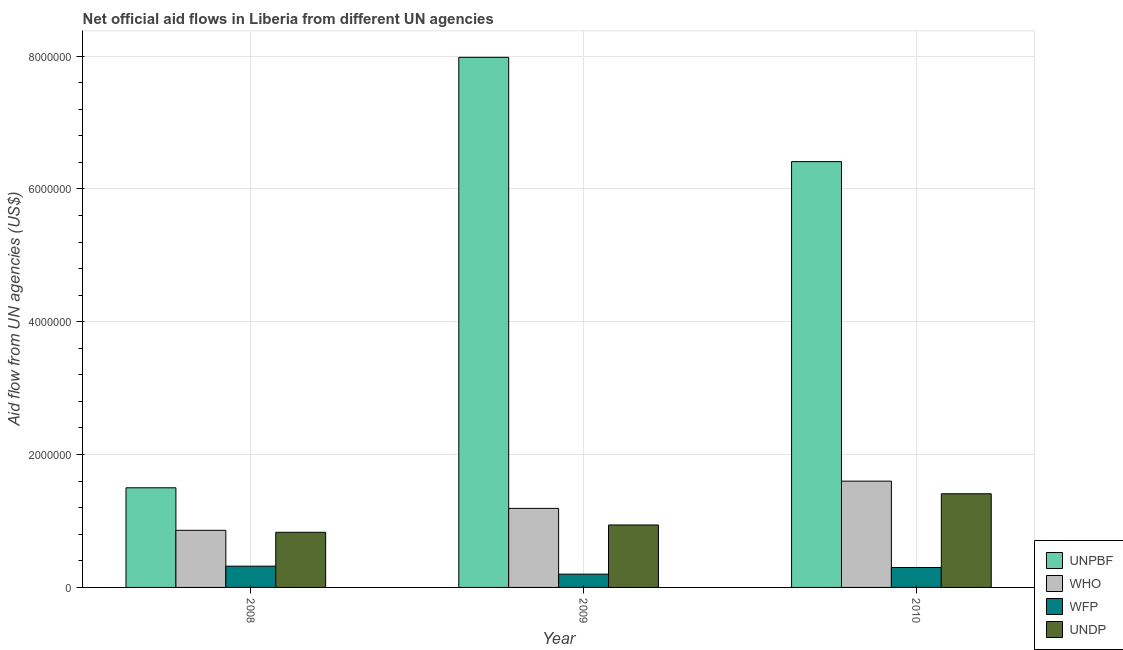
| Year | UNPBF | WHO | WFP | UNDP |
 | --- | --- | --- | --- | --- |
 | 2008 | 1.5e+06 | 8.6e+05 | 3.2e+05 | 8.3e+05 |
 | 2009 | 7.98e+06 | 1.19e+06 | 2e+05 | 9.4e+05 |
 | 2010 | 6.41e+06 | 1.6e+06 | 3e+05 | 1.41e+06 |